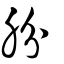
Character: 肦